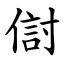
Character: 傠